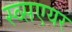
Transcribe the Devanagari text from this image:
स्व्सएयर